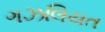
ગઝલિયત